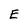
Character: E